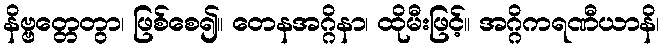
နိဗ္ဗတ္တေတွာ၊ ဖြစ်စေ၍။ တေနအဂ္ဂိနာ၊ ထိုမီးဖြင့်။ အဂ္ဂိကရဏီယာနိ၊